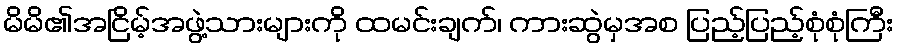
မိမိ၏အငြိမ့်အဖွဲ့သားများကို ထမင်းချက်၊ ကားဆွဲမှအစ ပြည့်ပြည့်စုံစုံကြီး